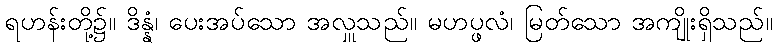
ရဟန်းတို့၌။ ဒိန္နံ၊ ပေးအပ်သော အလှူသည်။ မဟပ္ဖလံ၊ မြတ်သော အကျိုးရှိသည်။